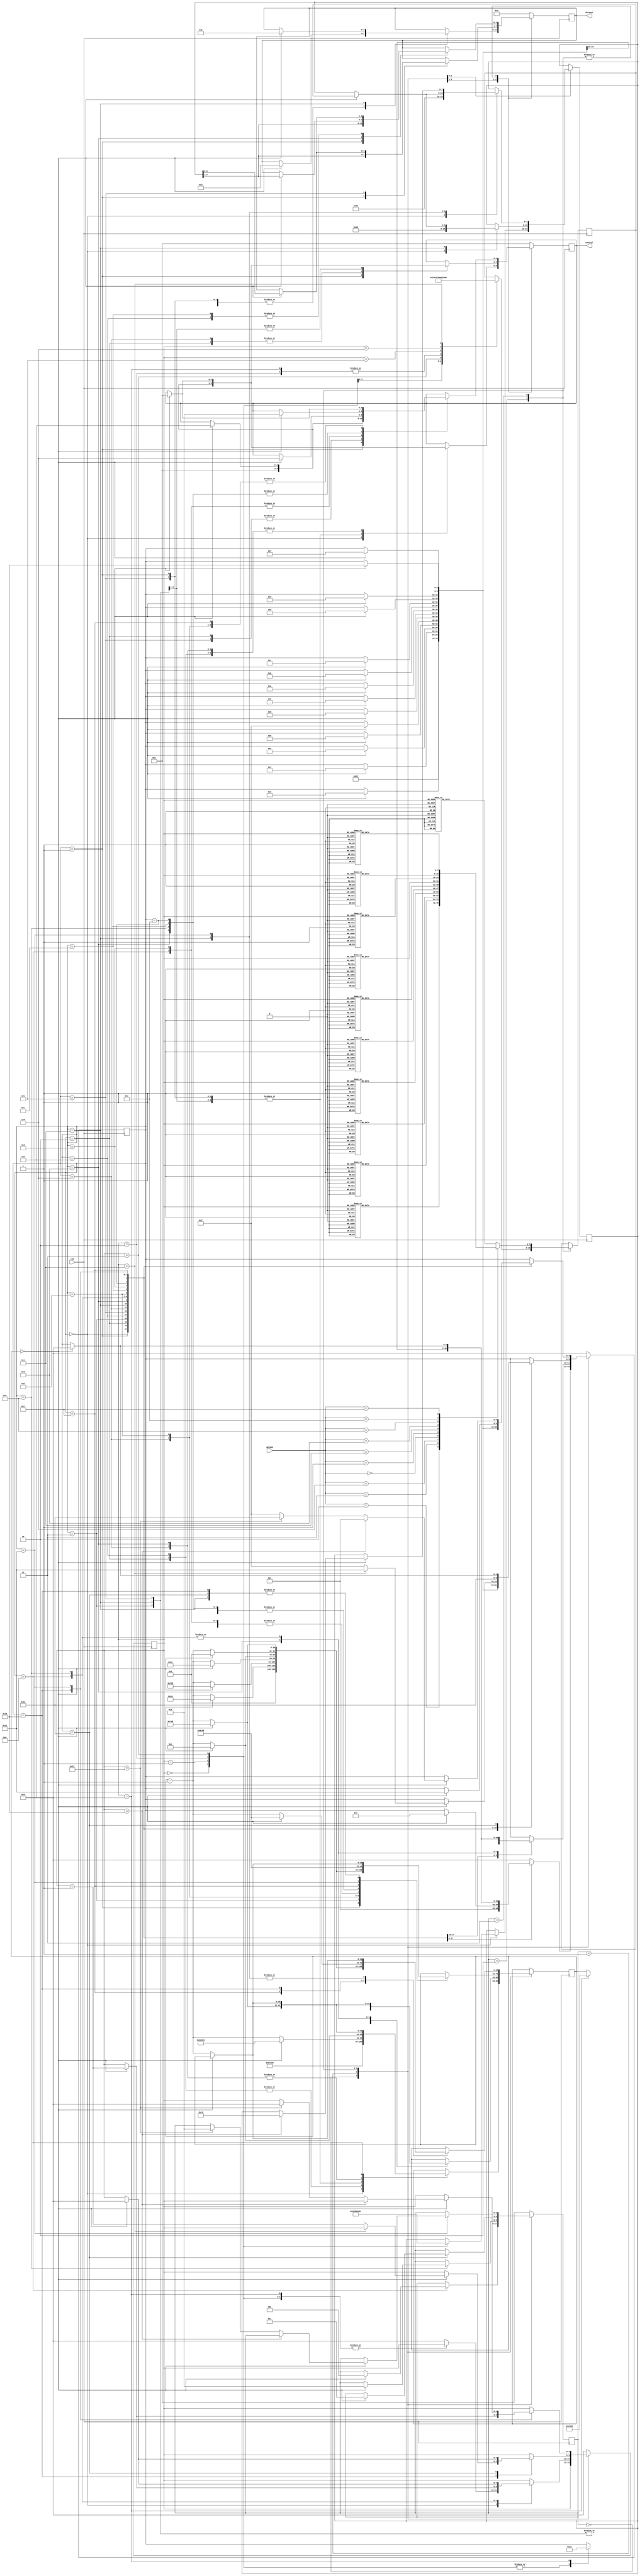
`timescale 1ns/1ps
//////////////////////////////////////////////////////////////////////////////////
//
// Matthew Allen & Andrew Bakhit
// ECE 425L | Spring 2015
// Dr. Halima el Naga
// Cal Poly Pomona (www.cpp.edu)
// Adapted from Shayan Daryoush's "PowerInit.v"
//
//////////////////////////////////////////////////////////////////////////////////
module lcd(clk, dataout, control, OPCODE);
	input clk;
	input  [3:0] OPCODE;
	output reg [3:0] dataout;
	output reg [2:0] control;

	reg [7:0] DR;
	reg [7:0] MUX;

	reg [2:0] stage=0;
	reg [4:0] state=0;
	reg [4:0] sel=0;
	
	reg [20:0] delay;		//largest delay: 205_000 -> 18bits

	always @(posedge clk) begin
		case(stage)
			//Power init
			0: begin
				case(state)
					//Wait 15 ms or longer, e.g., 750,000 clock cycles at 50 MHz
					0: begin delay <= 750_000; state<=1;  control<=0; 														end

					//SF_D<11:8> = 0x03, LCD_E = high for 12 clock cycles
					1: begin if(delay==0) begin delay<=12; 			state<=2; control<=3'h4; dataout<=4'h3; 	end
								else delay<=delay-1; 																				end

					//Wait 4.1 ms or longer, 205,000 clock cycles
					2: begin if(delay==0) begin delay<=205_000; 		state<=3; control<=0; 							end
								else delay<=delay-1; 																				end

					//SF_D<11:8>=0x03,LCD_E=high for 12 clock cycles
					3: begin if(delay==0) begin delay<=12; 			state<=4; control<=3'h4; dataout<=4'h3; 	end
								else delay<=delay-1;																					end

					//Wait 100 us or longer, 205,000 clock cycles
					4: begin if(delay==0) begin delay<=205_000; 		state<=5; control <=0; 							end
								else delay<=delay-1; 																				end

					5: begin if(delay==0) begin delay<=12; 			state<=6; control<=3'h4; dataout<=4'h3; 	end
								else delay<=delay-1; 																				end

					6: begin if(delay==0) begin delay<=2_000;			state<=7; control<=0; 							end
								else delay<=delay-1; 																				end

					7: begin if(delay==0) begin delay<=12; 			state<=8; control<=3'h4; dataout<=4'h2; 	end
								else delay<=delay-1; 																				end

					8: begin if(delay==0) begin delay<=2_000; 		state<=9; control<=0; 							end
								else delay<=delay-1; 																				end

					9: begin if(delay==0) begin 							state<=0; 			stage<=1; 					end 
								else delay<=delay-1; 																				end
					default: state<=0; 
				endcase
			end

			//Display config
			1: begin
				case(state)
					0: case(sel)
							0: begin state<=1; DR<=8'h28; end
							1: begin state<=1; DR<=8'h06; end
							2: begin state<=1; DR<=8'h0C; end
							3: begin state<=1; DR<=8'h01; end
							4: begin state<=10;delay<=82000; end
							default: sel<=0; 
					endcase
					1: begin delay<=2; control<=3'b000; 	state<=2; dataout<=DR[7:4]; 		end
					2: begin if(delay==0) begin delay<=12; state<=3; control<=3'b100; 		end
								else delay<=delay-1; 														end
					3: begin if(delay==0) begin delay<=2; 	state<=4; control<=3'b000; 		end
								else delay<=delay-1; 														end
					4: begin if(delay==0) begin delay<=50; state<=5;								end
								else delay<=delay-1; 														end
					5: begin if(delay==0) begin delay<=2; 	state<=6; dataout<=DR[3:0]; 		end
								else delay<=delay-1; 														end
					6: begin if(delay==0) begin delay<=12; state<=7; control<=3'b100; 		end
								else delay<=delay-1; 														end
					7: begin if(delay==0) begin delay<=2; 	state<=8; control<=3'b000; 		end
								else delay<=delay-1;															end
					8: begin if(delay==0) begin delay<=2000; state<=9; 							end
								else delay<=delay-1;															end
					9: begin if(delay==0) begin  				state<=0; sel<=sel+1; 				end
								else delay<=delay-1;															end
					10:begin if(delay==0) begin stage<=2; 	state<=0; sel<=0; 					end
								else delay<=delay-1;															end
				endcase
			end

			//CG RAM writing
			2: begin
				//data to be writting
				case(sel)
					0: begin MUX<=8'h0C; end
					1: begin MUX<=8'h0E; end
					2: begin MUX<=8'h04; end
					3: begin MUX<=8'h1F; end
					4: begin MUX<=8'h04; end
					5: begin MUX<=8'h0A; end
					6: begin MUX<=8'h1B; end
					7: begin MUX<=8'h00; end
				endcase
				//writing the data
				case(state)
					//Start with CG RAM address 0 instruction
					0: begin 					DR<=8'h40;								state<=1; 						end
					//send 4 MSBs
					1: begin delay<=2; 		dataout<=DR[7:4]; 					state<=2; control<=3'b000; end
					2: begin if(delay==0) begin delay<=12; 						state<=3; control<=3'b100; end
								else delay<=delay-1; end
					3: begin if(delay==0) begin delay<=52; 						state<=4; control<=3'b000; end
								else delay<=delay-1; end

					//send 4 LSBS
					4: begin if(delay==0) begin delay<=2; dataout<=DR[3:0]; 	state<=5; control<=3'b000; end
								else delay<=delay-1; end
					5: begin if(delay==0) begin delay<=12; 						state<=6; control<=3'b100; end
								else delay<=delay-1; end
					6: begin if(delay==0) begin delay<=2002; 						state<=7; control<=3'b000; end
								else delay<=delay-1; end

					//writing our data to CG RAM
					7: begin if(delay==0) begin 				DR<=MUX; 			state<=8; 						end
								else delay<=delay-1; end

					//send 4 MSBs
					8: begin if(delay==0) begin delay<=2;  control<=3'b010; 	state<=9; dataout<=DR[7:4];end
								else delay<=delay-1; end
					9: begin if(delay==0) begin delay<=12; control<=3'b110; 	state<=10; 						end
								else delay<=delay-1; end
					10:begin if(delay==0) begin delay<=2;  control<=3'b010; 	state<=11; 						end
								else delay<=delay-1; end
					11:begin if(delay==0) begin delay<=50; control<=3'b000; 	state<=12; 						end
								else delay<=delay-1; end

					//send 4 LSBs
					12:begin if(delay==0) begin delay<=2;  control<=3'b010; 	state<=13;dataout<=DR[3:0];end
								else delay<=delay-1; end
					13:begin if(delay==0) begin delay<=12; control<=3'b110; 	state<=14;						end
								else delay<=delay-1; end
					14:begin if(delay==0) begin delay<=2;  control<=3'b010; 	state<=15; 						end
								else delay<=delay-1; end
					15:begin if(delay==0) begin delay<=2000; control<=3'b000;state<=16;						end
								else delay<=delay-1; end
					16:begin if(delay==0) begin
									if(sel==7) 			state<=17;
									else begin 			state<=7; 	sel<=sel+1; end end
								else delay<=delay-1; end

					//delay and exit
					17:begin delay<=40000;			state<=18;	end
					18:begin if(delay==0) begin sel<=0; 	stage<=3; 			state<=0; 	end
								else delay<=delay-1;

					end
				endcase
			end

			//DD RAM writing
			3: begin
				case(OPCODE)
					4'b0010: case(sel) //add
									0: MUX<=8'h41;
									1: MUX<=8'h64;
									2: MUX<=8'h64;
									3: MUX<=8'h00;
									4: MUX<=8'h20;
									5: MUX<=8'h20;
									6: MUX<=8'h20;
									7: MUX<=8'h20;
									8: MUX<=8'h20;
									9: MUX<=8'h20;
									10:MUX<=8'h20;
									11:MUX<=8'h20;
									12:MUX<=8'h20;
									13:MUX<=8'h20;
									14:MUX<=8'h20;
									15:MUX<=8'h20;
									16:MUX<=8'hFF;
									17:MUX<=8'h20;
									18:MUX<=8'h20;
									19:MUX<=8'h20;
									20:MUX<=8'h20;
									21:MUX<=8'h20;
									22:MUX<=8'h20;
									23:MUX<=8'h20;
									24:MUX<=8'h20;
									25:MUX<=8'h20;
									26:MUX<=8'h20;
									27:MUX<=8'h20;
									28:MUX<=8'h20;
									29:MUX<=8'h20;
									30:MUX<=8'h20;
									31:MUX<=8'h20;
								endcase
					4'b0011: case(sel) //addi
									0: MUX<=8'h41;	//A
									1: MUX<=8'h64;	//d
									2: MUX<=8'h64;	//d
									3: MUX<=8'h69;	//i
									4: MUX<=8'h00;
									5: MUX<=8'h20;
									6: MUX<=8'h20;
									7: MUX<=8'h20;
									8: MUX<=8'h20;
									9: MUX<=8'h20;
									10:MUX<=8'h20;
									11:MUX<=8'h20;
									12:MUX<=8'h20;
									13:MUX<=8'h20;
									14:MUX<=8'h20;
									15:MUX<=8'h20;
									16:MUX<=8'hFF;
									17:MUX<=8'h20;
									18:MUX<=8'h20;
									19:MUX<=8'h20;
									20:MUX<=8'h20;
									21:MUX<=8'h20;
									22:MUX<=8'h20;
									23:MUX<=8'h20;
									24:MUX<=8'h20;
									25:MUX<=8'h20;
									26:MUX<=8'h20;
									27:MUX<=8'h20;
									28:MUX<=8'h20;
									29:MUX<=8'h20;
									30:MUX<=8'h20;
									31:MUX<=8'h20;
								endcase
					4'b0110: case(sel) //subtract
									0: MUX<=8'h53;
									1: MUX<=8'h75;
									2: MUX<=8'h62;
									3: MUX<=8'h00;
									4: MUX<=8'h20;
									5: MUX<=8'h20;
									6: MUX<=8'h20;
									7: MUX<=8'h20;
									8: MUX<=8'h20;
									9: MUX<=8'h20;
									10:MUX<=8'h20;
									11:MUX<=8'h20;
									12:MUX<=8'h20;
									13:MUX<=8'h20;
									14:MUX<=8'h20;
									15:MUX<=8'h20;
									16:MUX<=8'hFF;
									17:MUX<=8'h20;
									18:MUX<=8'h20;
									19:MUX<=8'h20;
									20:MUX<=8'h20;
									21:MUX<=8'h20;
									22:MUX<=8'h20;
									23:MUX<=8'h20;
									24:MUX<=8'h20;
									25:MUX<=8'h20;
									26:MUX<=8'h20;
									27:MUX<=8'h20;
									28:MUX<=8'h20;
									29:MUX<=8'h20;
									30:MUX<=8'h20;
									31:MUX<=8'h20;
								endcase
					4'b0000: case(sel) //and
									0: MUX<=8'h41;
									1: MUX<=8'h6E;
									2: MUX<=8'h64;
									3: MUX<=8'h00;
									4: MUX<=8'h20;
									5: MUX<=8'h20;
									6: MUX<=8'h20;
									7: MUX<=8'h20;
									8: MUX<=8'h20;
									9: MUX<=8'h20;
									10:MUX<=8'h20;
									11:MUX<=8'h20;
									12:MUX<=8'h20;
									13:MUX<=8'h20;
									14:MUX<=8'h20;
									15:MUX<=8'h20;
									16:MUX<=8'hFF;
									17:MUX<=8'h20;
									18:MUX<=8'h20;
									19:MUX<=8'h20;
									20:MUX<=8'h20;
									21:MUX<=8'h20;
									22:MUX<=8'h20;
									23:MUX<=8'h20;
									24:MUX<=8'h20;
									25:MUX<=8'h20;
									26:MUX<=8'h20;
									27:MUX<=8'h20;
									28:MUX<=8'h20;
									29:MUX<=8'h20;
									30:MUX<=8'h20;
									31:MUX<=8'h20;
								endcase
					4'b0001: case(sel) //or
									0: MUX<=8'h6F;
									1: MUX<=8'h72;
									2: MUX<=8'h00;
									3: MUX<=8'h20;
									4: MUX<=8'h20;
									5: MUX<=8'h20;
									6: MUX<=8'h20;
									7: MUX<=8'h20;
									8: MUX<=8'h20;
									9: MUX<=8'h20;
									10:MUX<=8'h20;
									11:MUX<=8'h20;
									12:MUX<=8'h20;
									13:MUX<=8'h20;
									14:MUX<=8'h20;
									15:MUX<=8'h20;
									16:MUX<=8'hFF;
									17:MUX<=8'h20;
									18:MUX<=8'h20;
									19:MUX<=8'h20;
									20:MUX<=8'h20;
									21:MUX<=8'h20;
									22:MUX<=8'h20;
									23:MUX<=8'h20;
									24:MUX<=8'h20;
									25:MUX<=8'h20;
									26:MUX<=8'h20;
									27:MUX<=8'h20;
									28:MUX<=8'h20;
									29:MUX<=8'h20;
									30:MUX<=8'h20;
									31:MUX<=8'h20;
								endcase
					4'b0111: case(sel) //SLT
									0: MUX<=8'h53;
									1: MUX<=8'h4C;
									2: MUX<=8'h54;
									3: MUX<=8'h00;
									4: MUX<=8'h20;
									5: MUX<=8'h20;
									6: MUX<=8'h20;
									7: MUX<=8'h20;
									8: MUX<=8'h20;
									9: MUX<=8'h20;
									10:MUX<=8'h20;
									11:MUX<=8'h20;
									12:MUX<=8'h20;
									13:MUX<=8'h20;
									14:MUX<=8'h20;
									15:MUX<=8'h20;
									16:MUX<=8'hFF;
									17:MUX<=8'h20;
									18:MUX<=8'h20;
									19:MUX<=8'h20;
									20:MUX<=8'h20;
									21:MUX<=8'h20;
									22:MUX<=8'h20;
									23:MUX<=8'h20;
									24:MUX<=8'h20;
									25:MUX<=8'h20;
									26:MUX<=8'h20;
									27:MUX<=8'h20;
									28:MUX<=8'h20;
									29:MUX<=8'h20;
									30:MUX<=8'h20;
									31:MUX<=8'h20;
								endcase
					4'b1000: case(sel) //LW
									0: MUX<=8'h4C;
									1: MUX<=8'h57;
									2: MUX<=8'h00;
									3: MUX<=8'h00;
									4: MUX<=8'h20;
									5: MUX<=8'h20;
									6: MUX<=8'h20;
									7: MUX<=8'h20;
									8: MUX<=8'h20;
									9: MUX<=8'h20;
									10:MUX<=8'h20;
									11:MUX<=8'h20;
									12:MUX<=8'h20;
									13:MUX<=8'h20;
									14:MUX<=8'h20;
									15:MUX<=8'h20;
									16:MUX<=8'hFF;
									17:MUX<=8'h20;
									18:MUX<=8'h20;
									19:MUX<=8'h20;
									20:MUX<=8'h20;
									21:MUX<=8'h20;
									22:MUX<=8'h20;
									23:MUX<=8'h20;
									24:MUX<=8'h20;
									25:MUX<=8'h20;
									26:MUX<=8'h20;
									27:MUX<=8'h20;
									28:MUX<=8'h20;
									29:MUX<=8'h20;
									30:MUX<=8'h20;
									31:MUX<=8'h20;
								endcase
					4'b1010: case(sel) //SW
									0: MUX<=8'h53;
									1: MUX<=8'h57;
									2: MUX<=8'h00;
									3: MUX<=8'h20;
									4: MUX<=8'h20;
									5: MUX<=8'h20;
									6: MUX<=8'h20;
									7: MUX<=8'h20;
									8: MUX<=8'h20;
									9: MUX<=8'h20;
									10:MUX<=8'h20;
									11:MUX<=8'h20;
									12:MUX<=8'h20;
									13:MUX<=8'h20;
									14:MUX<=8'h20;
									15:MUX<=8'h20;
									16:MUX<=8'hFF;
									17:MUX<=8'h20;
									18:MUX<=8'h20;
									19:MUX<=8'h20;
									20:MUX<=8'h20;
									21:MUX<=8'h20;
									22:MUX<=8'h20;
									23:MUX<=8'h20;
									24:MUX<=8'h20;
									25:MUX<=8'h20;
									26:MUX<=8'h20;
									27:MUX<=8'h20;
									28:MUX<=8'h20;
									29:MUX<=8'h20;
									30:MUX<=8'h20;
									31:MUX<=8'h20;
								endcase
					4'b1110: case(sel) //BNE
									0: MUX<=8'h42;
									1: MUX<=8'h4E;
									2: MUX<=8'h45;
									3: MUX<=8'h00;
									4: MUX<=8'h20;
									5: MUX<=8'h20;
									6: MUX<=8'h20;
									7: MUX<=8'h20;
									8: MUX<=8'h20;
									9: MUX<=8'h20;
									10:MUX<=8'h20;
									11:MUX<=8'h20;
									12:MUX<=8'h20;
									13:MUX<=8'h20;
									14:MUX<=8'h20;
									15:MUX<=8'h20;
									16:MUX<=8'hFF;
									17:MUX<=8'h20;
									18:MUX<=8'h20;
									19:MUX<=8'h20;
									20:MUX<=8'h20;
									21:MUX<=8'h20;
									22:MUX<=8'h20;
									23:MUX<=8'h20;
									24:MUX<=8'h20;
									25:MUX<=8'h20;
									26:MUX<=8'h20;
									27:MUX<=8'h20;
									28:MUX<=8'h20;
									29:MUX<=8'h20;
									30:MUX<=8'h20;
									31:MUX<=8'h20;
								endcase
					4'b1111: case(sel) //jump
									0: MUX<=8'h4A;
									1: MUX<=8'h75;
									2: MUX<=8'h6D;
									3: MUX<=8'h70;
									4: MUX<=8'h00;
									5: MUX<=8'h20;
									6: MUX<=8'h20;
									7: MUX<=8'h20;
									8: MUX<=8'h20;
									9: MUX<=8'h20;
									10:MUX<=8'h20;
									11:MUX<=8'h20;
									12:MUX<=8'h20;
									13:MUX<=8'h20;
									14:MUX<=8'h20;
									15:MUX<=8'h20;
									16:MUX<=8'hFF;
									17:MUX<=8'h20;
									18:MUX<=8'h20;
									19:MUX<=8'h20;
									20:MUX<=8'h20;
									21:MUX<=8'h20;
									22:MUX<=8'h20;
									23:MUX<=8'h20;
									24:MUX<=8'h20;
									25:MUX<=8'h20;
									26:MUX<=8'h20;
									27:MUX<=8'h20;
									28:MUX<=8'h20;
									29:MUX<=8'h20;
									30:MUX<=8'h20;
									31:MUX<=8'h20;
								endcase						
							default: case(sel) //Default
									0: MUX<=8'h44;
									1: MUX<=8'h65;
									2: MUX<=8'h66;
									3: MUX<=8'h61;
									4: MUX<=8'h75;
									5: MUX<=8'h6C;
									6: MUX<=8'h74;
									7: MUX<=8'h00;
									8: MUX<=8'h20;
									9: MUX<=8'h20;
									10:MUX<=8'h20;
									11:MUX<=8'h20;
									12:MUX<=8'h20;
									13:MUX<=8'h20;
									14:MUX<=8'h20;
									15:MUX<=8'h20;
									16:MUX<=8'hFF;
									17:MUX<=8'h20;
									18:MUX<=8'h20;
									19:MUX<=8'h20;
									20:MUX<=8'h20;
									21:MUX<=8'h20;
									22:MUX<=8'h20;
									23:MUX<=8'h20;
									24:MUX<=8'h20;
									25:MUX<=8'h20;
									26:MUX<=8'h20;
									27:MUX<=8'h20;
									28:MUX<=8'h20;
									29:MUX<=8'h20;
									30:MUX<=8'h20;
									31:MUX<=8'h20;
								endcase				
				endcase													

				case(state)
					//set address: 0x00
					0: begin DR<=8'h80; state<=1; end
					//send MSBs
					1: begin delay<=2; control<=3'b000; state<=2; dataout<=DR[7:4]; end
					2: begin if(delay==0) begin delay<=12; control<=3'b100; state<=3; end
								else delay<=delay-1; end
					3: begin if(delay==0) begin delay<=52; control<=3'b000; state<=4; end
								else delay<=delay-1; end
					//send LSBs
					4: begin if(delay==0) begin delay<=2; control<=3'b000; state<=5; dataout<=DR[3:0];end
								else delay<=delay-1; end
					5: begin if(delay==0) begin delay<=12; control<=3'b100; state<=6;	end
								else delay<=delay-1; end
					6: begin if(delay==0) begin delay<=2002;control<=3'b000; state<=7; end
								else delay<=delay-1; end

					//sending data
					7: begin if(delay==0) begin DR<=MUX; state<=8; end
								else delay<=delay-1; end
					//send MSBs
					8: begin if(delay==0) begin delay<=2; control<=3'b010; state<=9; dataout<=DR[7:4]; end
								else delay<=delay-1; end
					9: begin if(delay==0) begin delay<=12; control<=3'b110; state<=10; end
								else delay<=delay-1; end
					10:begin if(delay==0) begin delay<=2; control<=3'b010; state<=11; end
								else delay<=delay-1; end
					11:begin if(delay==0) begin delay<=50; control<=3'b000; state<=12; end
								else delay<=delay-1; end
					//send LSBs
					12:begin if(delay==0) begin delay<=2; control<=3'b010; state<=13; dataout<=DR[3:0]; end
								else delay<=delay-1; end
					13:begin if(delay==0) begin delay<=12; control<=3'b110; state<=14; end
								else delay<=delay-1; end
					14:begin if(delay==0) begin delay<=2; control<=3'b010; state<=15; end
								else delay<=delay-1; end
					15:begin if(delay==0) begin delay<=2000; control<=3'b000; state<=16;end
								else delay<=delay-1; end

					//loop or exit
					16:begin if(delay==0) begin delay<=40000; sel<=sel+1; state<=17; end 
								else delay<=delay-1; end
					17:begin if(delay==0) begin 	if(sel==16) begin 		//next line
																DR<=8'hC0; state<=1; end
															else if(sel==31) begin 	//done, start over
																stage<=2; state<=18; sel<=0; 	end
															else 							//next character
																state<=7;				end
								else delay<=delay-1; 								end
				endcase
			end

			default: begin stage<=0; state<=0; dataout<=0; control<=0; sel<=0; end
		endcase
	end
endmodule